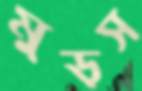
মুড়স